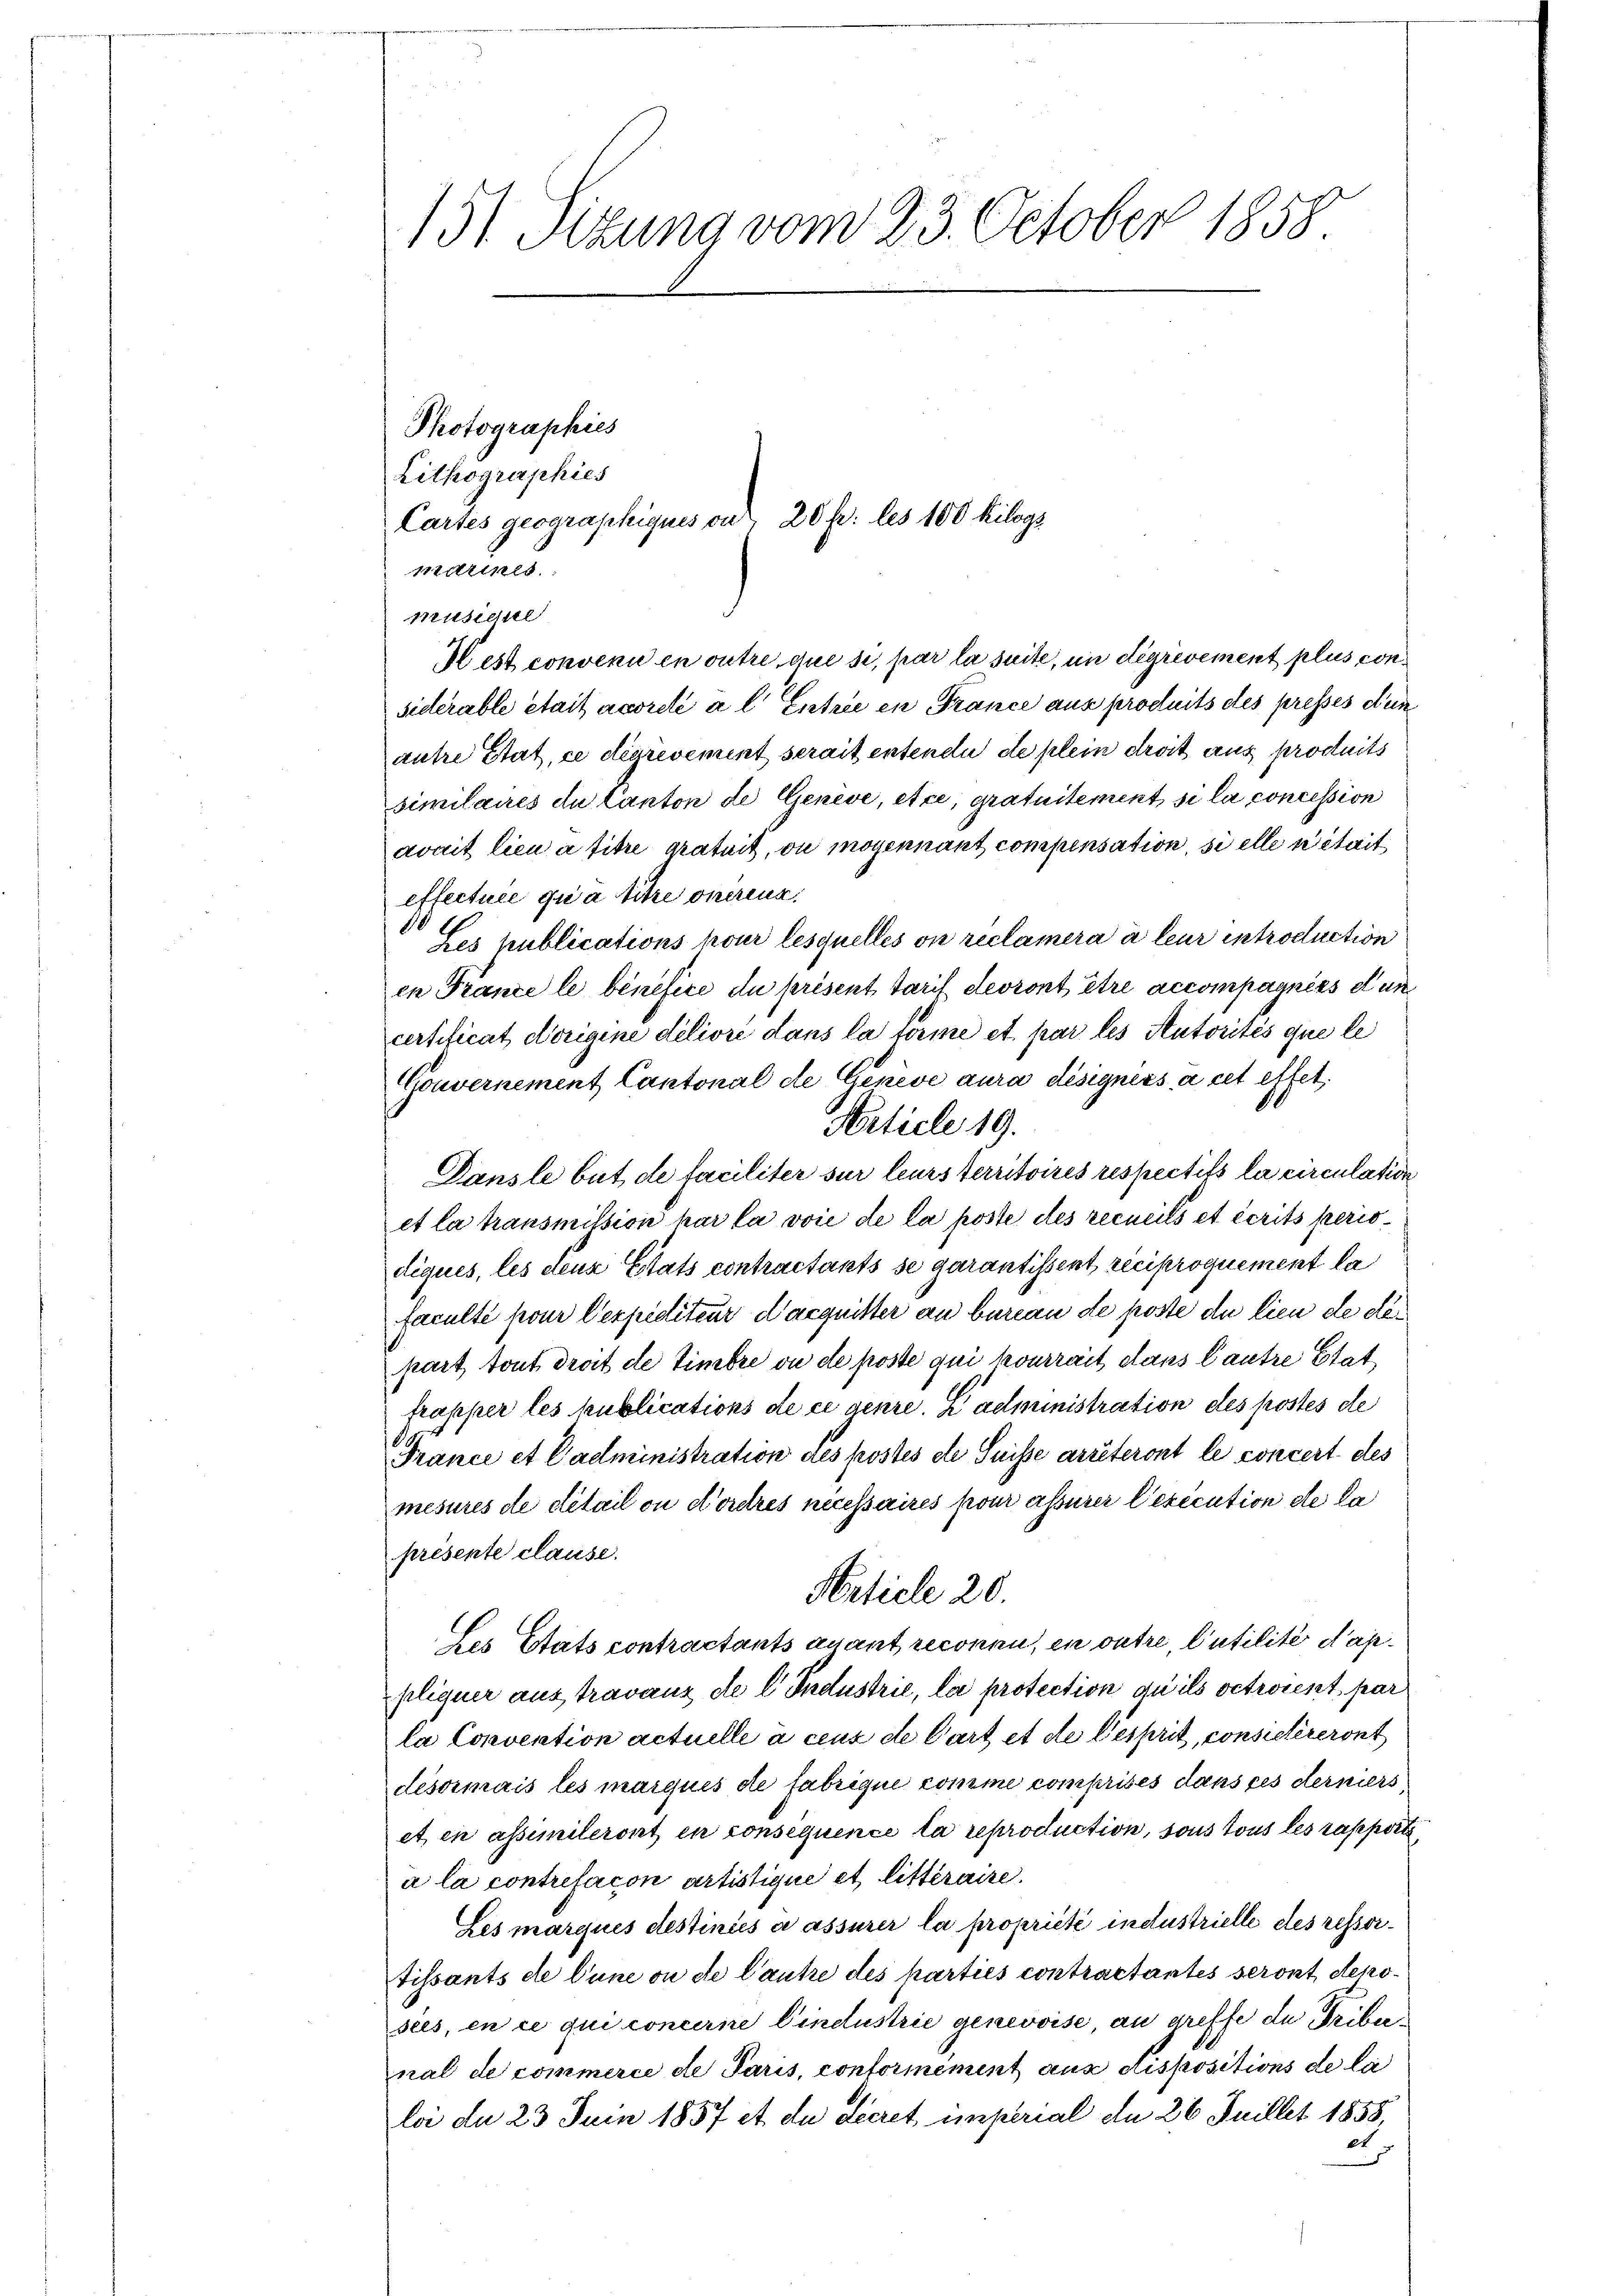
151. Sitzung vom 23. October 1858.

Photographies
Lithographies
pturinet
prusicire
H est convenu en outre que si, par la suite, in degrévement plus considerable était accrelé à l. Entrie in France aus procheits des presses dun
autre Stat, ce dirrevement serait entende de plein droit aus produits
similaires de Canton de Genève, etce, gratuitement, si la concession
avait lieu à titre gratuit, ou moyennant compensation, si elle était
effecture qua titre onerenz.
Les publications pour lesquelles on reclamera à leur introduction
en France le bénéfice du présent Tarif devront être accompagnies dun
certificat Vorigine delioré dans la törme et par les Autorités que le
Gouvernement Cantonal de Genève aura désigners, à cet effet.
Article 19.
Dans le but de faciliter sur leurs territoires respectits la circulation
et la transmission har la voie de la poste des recueils et écrits periodiques, les deux Etats contractants se garantissent reciproquement la
Faculté pour l’expéditeur d’acquitter an bureau de poste de lieu de départ tout droit de Timbre ou de poste qui kourrait dans Cautre Stat
frapper les publications de ce genre. E administration des postes de
France et Cadministration des postes ehe Suisse arreteront le concert des
mesures de detail ou d’ordres necessaires pour assurer lexication de la
présente clause.
Article 20.
Les Etats contractants quant reconen, in outre, Cutilité danpliquer aus travanz de l Industrie, la protection du ils vetrorest par
la Convention actuelle à ceux de Part et de Gesprit, consielereront
désormais les marques de fabrique comme comprises dans ces derniers
et en assimileront en consequence la reproduction, sous tous les rapporti
a la contrefacon artistique et litteraire.
Les marques destiniés a assurer la propriété industrielle des ressortissants de l’une ou de l’autre des parties contractantes seront deposies, en ce qui concerne Eindustrie genevoise au greffe de Tribernal de commerce de Paris, conformément aus dispositions de la
loi du 23 Juin 1857 et du decret imperial an 26 Juillet 1858,
d.

Cartes geographiques ou 20 f: les 100 Kilogs